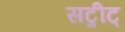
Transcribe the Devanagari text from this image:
सट्रीट्